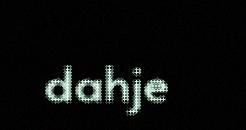
dahje